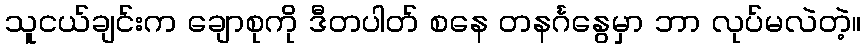
သူငယ်ချင်းက ချောစုကို ဒီတပါတ် စနေ တနင်္ဂနွေမှာ ဘာ လုပ်မလဲတဲ့။